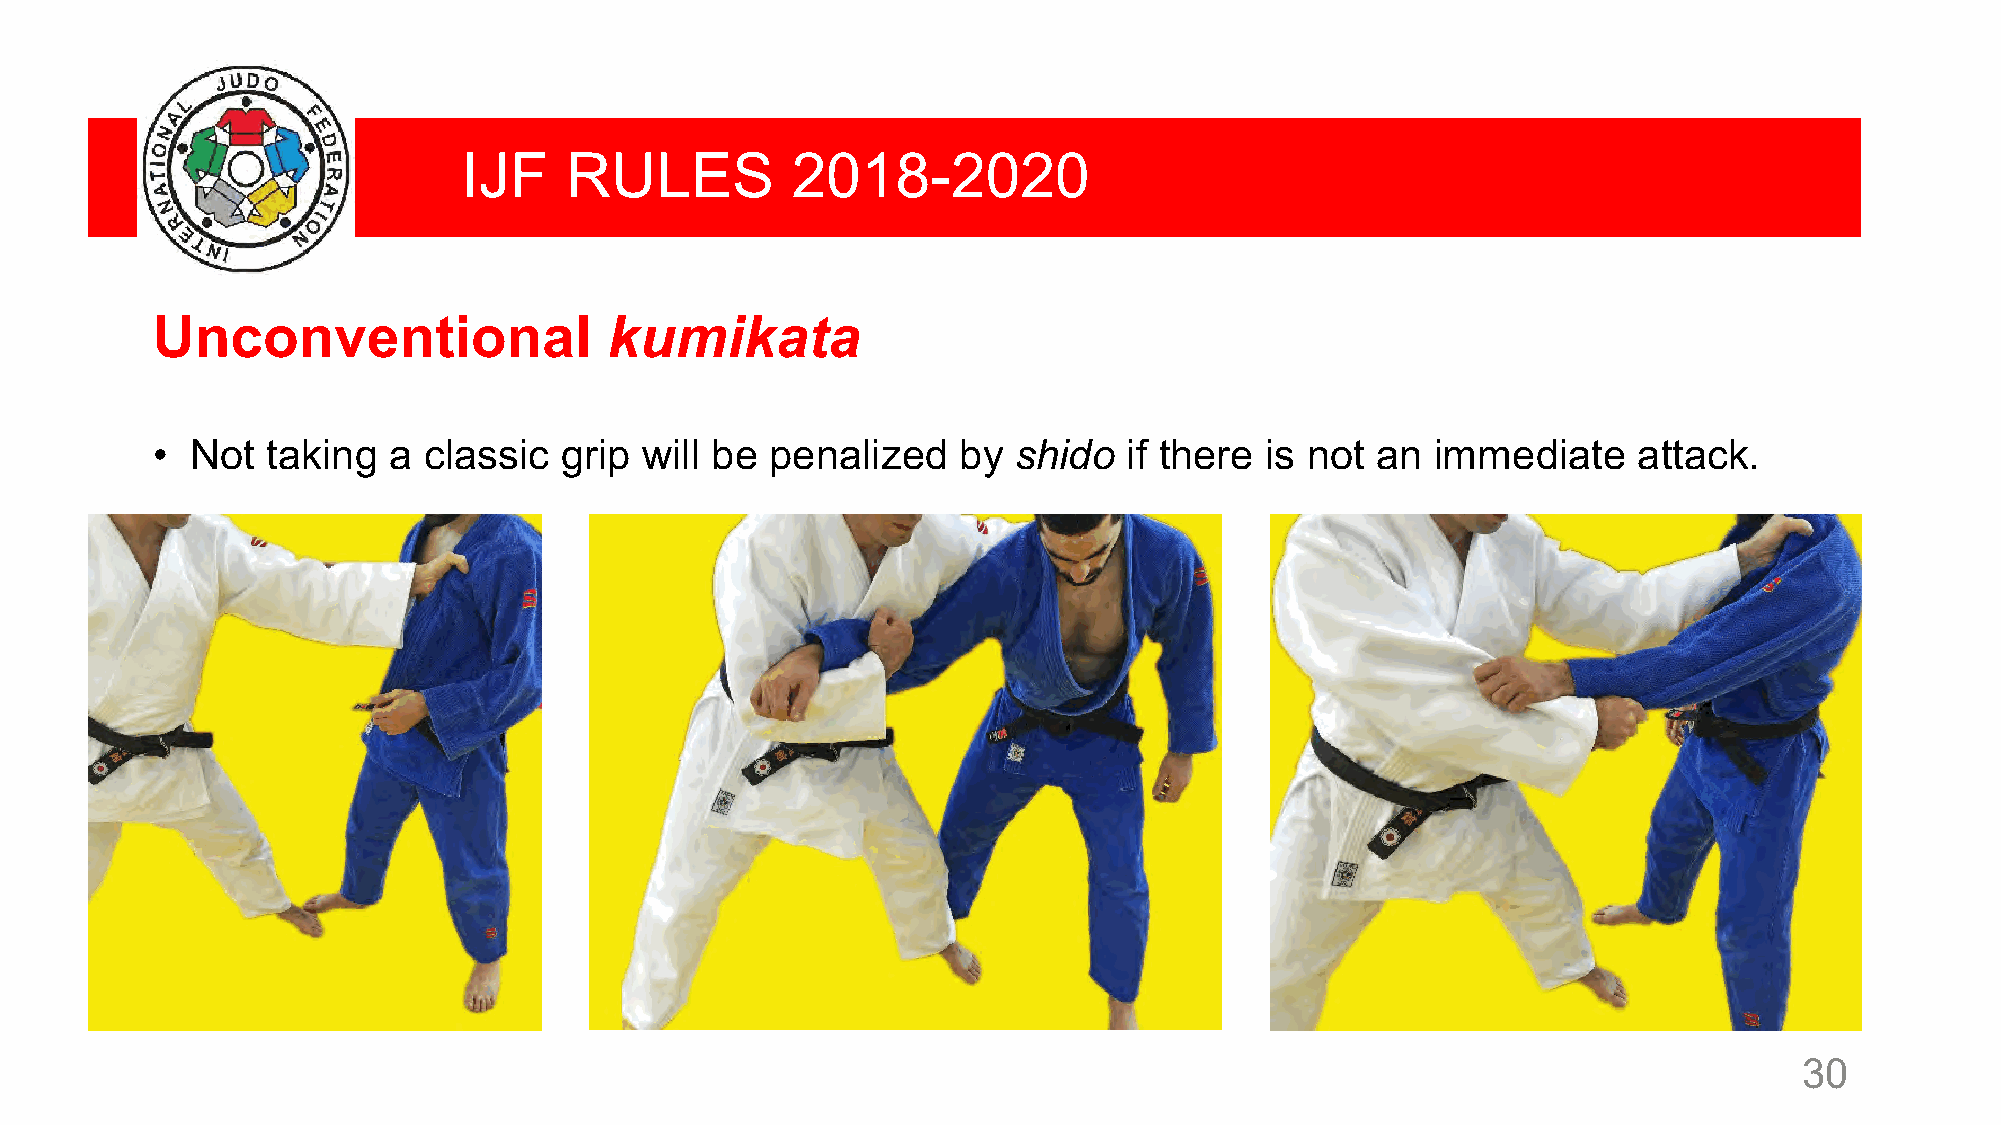
IJF   RULES          2018-2020
 Unconventional                kumikata
 •  Not  taking  a classic  grip will be  penalized   by  shido   if there is not an  immediate    attack.
 30